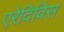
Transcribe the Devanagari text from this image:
एरेदिविस